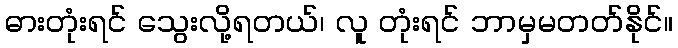
ဓားတုံးရင် သွေးလို့ရတယ်၊ လူ တုံးရင် ဘာမှမတတ်နိုင်။